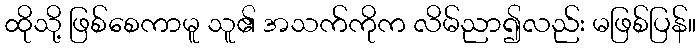
ထိုသို့ ဖြစ်စေကာမူ သူ၏ အသက်ကိုက လိမ်ညာ၍လည်း မဖြစ်ပြန်။